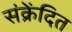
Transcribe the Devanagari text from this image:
संक्रेंदित